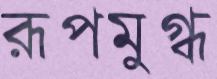
রূপমুগ্ধ